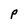
Character: P